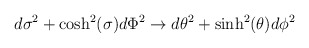
\begin{align*}d\sigma^2 + \cosh^2(\sigma) d\Phi^2 \to d\theta^2 + \sinh^2(\theta) d\phi^2\end{align*}